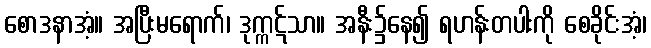
စောဒနာအံ့။ အပြီးမရောက်၊ ဒုက္ကဋ်သာ။ အနီး၌နေ၍ ရဟန်းတပါးကို စေခိုင်းအံ့၊